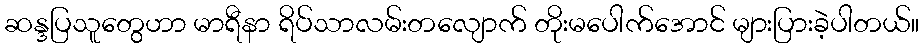
ဆန္ဒပြသူတွေဟာ မာရီနာ ရိပ်သာလမ်းတလျောက် တိုးမပေါက်အောင် များပြားခဲ့ပါတယ်။